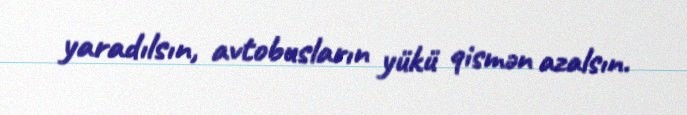
yaradılsın, avtobusların yükü qismən azalsın.